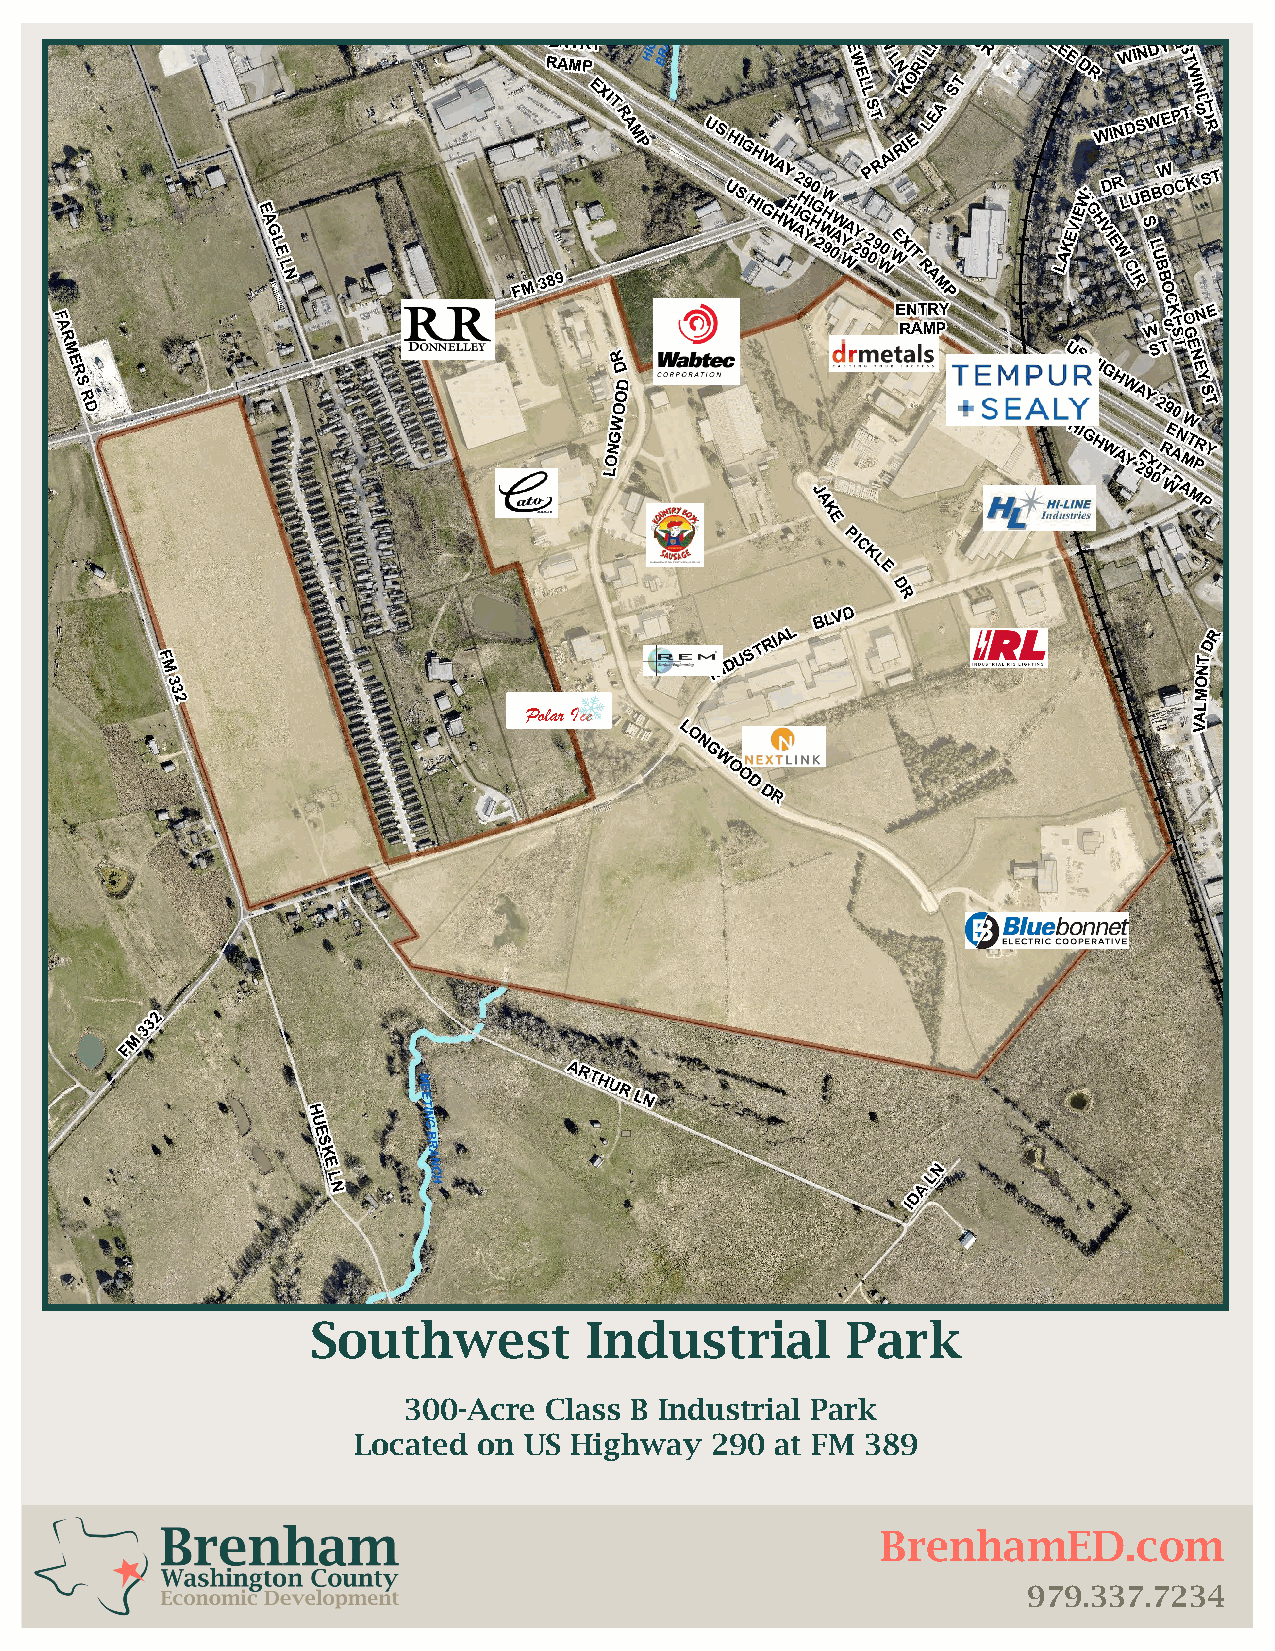
Polar Ice
 Southwest         Industrial       Park
 300-Acre Class B Industrial Park
 Located  on US Highway  290 at FM 389
 BrenhamED.com
 979.337.7234